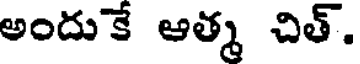
అందుకే ఆత్మ చిత్.